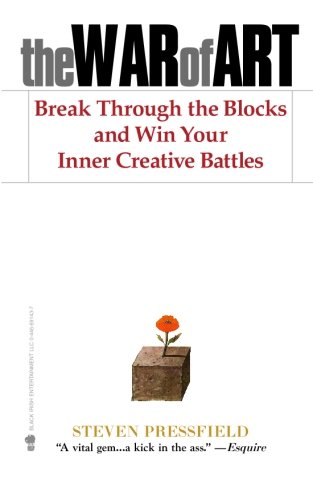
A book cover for The War of Art: Break Through the Blocks and Win Your Inner Creative Battles; Steven Pressfield; Self-Help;